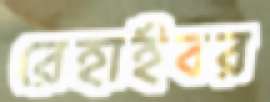
রেহাইবর